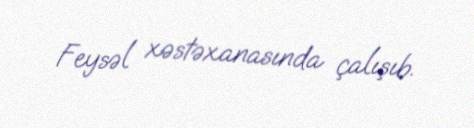
Feysəl xəstəxanasında çalışıb.